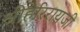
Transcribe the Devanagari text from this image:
श्रीहरिरायजी